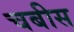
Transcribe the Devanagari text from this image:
चबीस